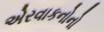
એરવાકનોનો